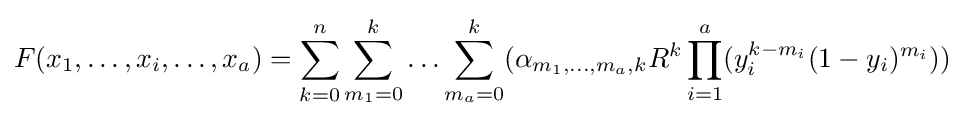
F(x_{1},\ldots ,x_{i},\ldots ,x_{a})=\sum _{k=0}^{n}\sum _{m_{1}=0}^{k}\ldots \sum _{m_{a}=0}^{k}(\alpha _{m_{1},\ldots ,m_{a},k}R^{k}\prod _{i=1}^{a}(y_{i}^{k-m_{i}}(1-y_{i})^{m_{i}}))